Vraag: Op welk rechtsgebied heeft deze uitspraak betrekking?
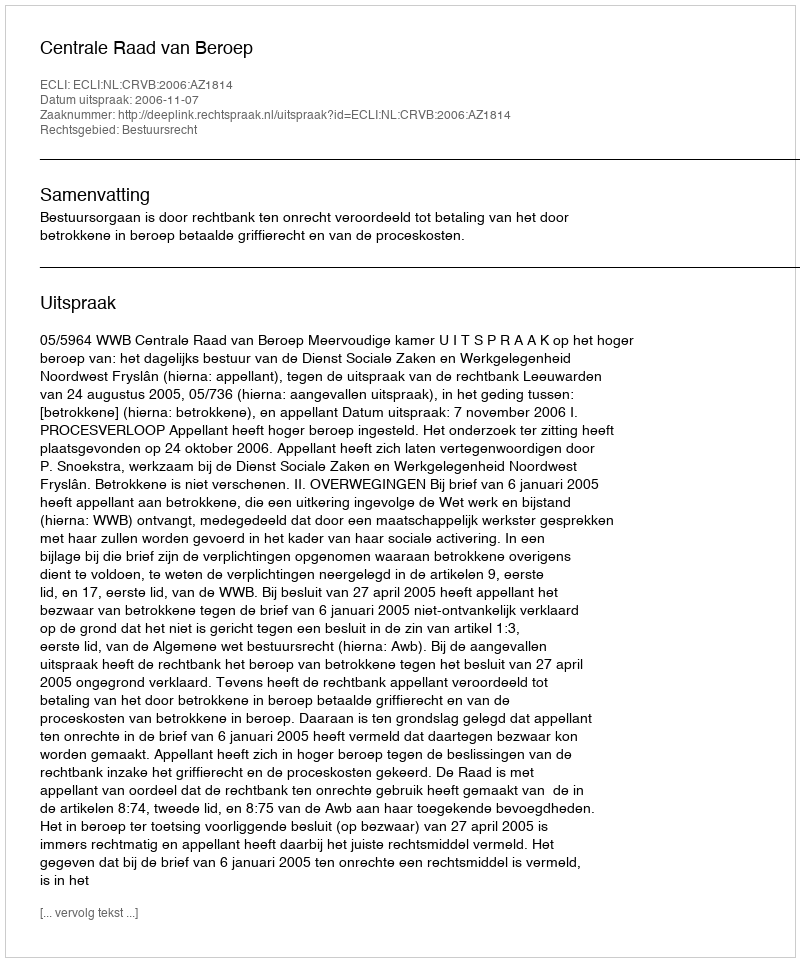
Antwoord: Bestuursrecht